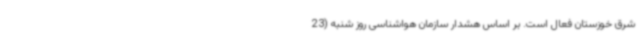
شرق خوزستان فعال است. بر اساس هشدار سازمان هواشناسی روز شنبه (23